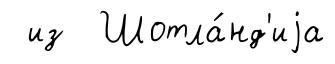
из Шотла́нд'иjа